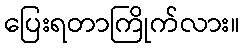
ပြေးရတာကြိုက်လား။